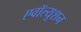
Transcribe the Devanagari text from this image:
एवॉल्यूशन